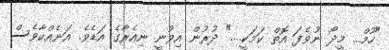
"ހޫމް... މީދޯ ނުވެފަ އޮތް ކަމަކީ...." ދުރުން އިވުނީ ނިއެރާގެ އަޑެވެ. އަނެއްކާވެސް